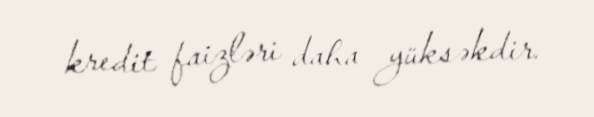
kredit faizləri daha yüksəkdir.